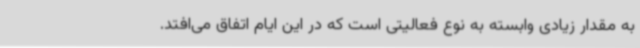
به مقدار زیادی وابسته به نوع فعالیتی است که در این ایام اتفاق می‌افتد.